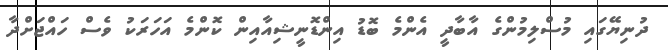
ދުނިޔޭގައި މުސްލިމުންގެ އާބާދީ އެންމެ ބޮޑު އިންޑޮނީޝިއާއިން ކޮންމެ އަހަރަކު ވެސް ހައްޖަށްދާ